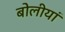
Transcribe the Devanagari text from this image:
बोलीयां